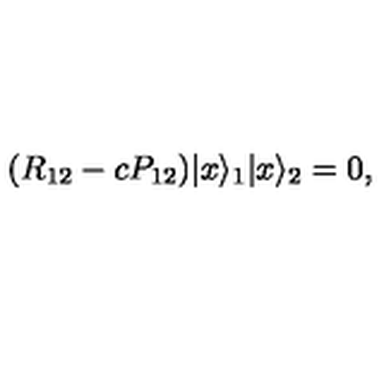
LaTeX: ( R _ { 1 2 } - c P _ { 1 2 } ) | x \rangle _ { 1 } | x \rangle _ { 2 } = 0 ,